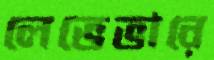
লেভেভারে